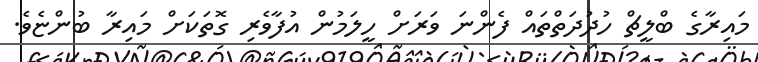
މައިރާގެ ބްލީޗް ހުދުދަތްތައް ފެންނަ ވަރަށް ހީލަމުން އުފާވެރި ގޮތަކަށް މައިރާ ބުންޏެވެ.